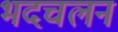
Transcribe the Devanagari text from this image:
भदचलन